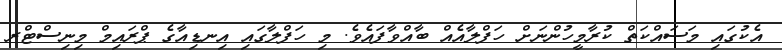
އެކުގައި މަސައްކަތް ކުރާމީހުންނަށް ހަފްލާއެއް ބާއްވާފައެވެ. މި ހަފްލާގައި އިނޑިއާގެ ޕްރައިމް މިނިސްޓްރ